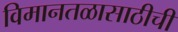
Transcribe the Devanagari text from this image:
विमानतळासाठीची